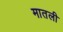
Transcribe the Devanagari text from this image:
मातली